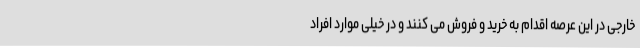
خارجی در این عرصه اقدام به خرید و فروش می کنند و در خیلی موارد افراد